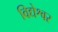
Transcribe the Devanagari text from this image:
विद्येश्वर